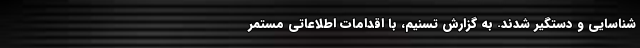
شناسایی و دستگیر شدند. به گزارش تسنیم، با اقدامات اطلاعاتی مستمر